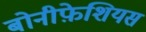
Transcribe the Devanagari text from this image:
बोनीफ़ेशियस